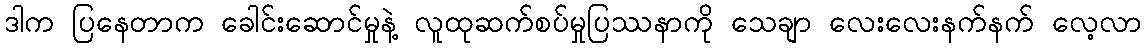
ဒါက ပြနေတာက ခေါင်းဆောင်မှုနဲ့ လူထုဆက်စပ်မှုပြဿနာကို သေချာ လေးလေးနက်နက် လေ့လာ